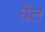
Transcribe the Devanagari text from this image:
घ़ैल